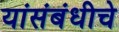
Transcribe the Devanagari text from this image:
यांसंबंधीचे